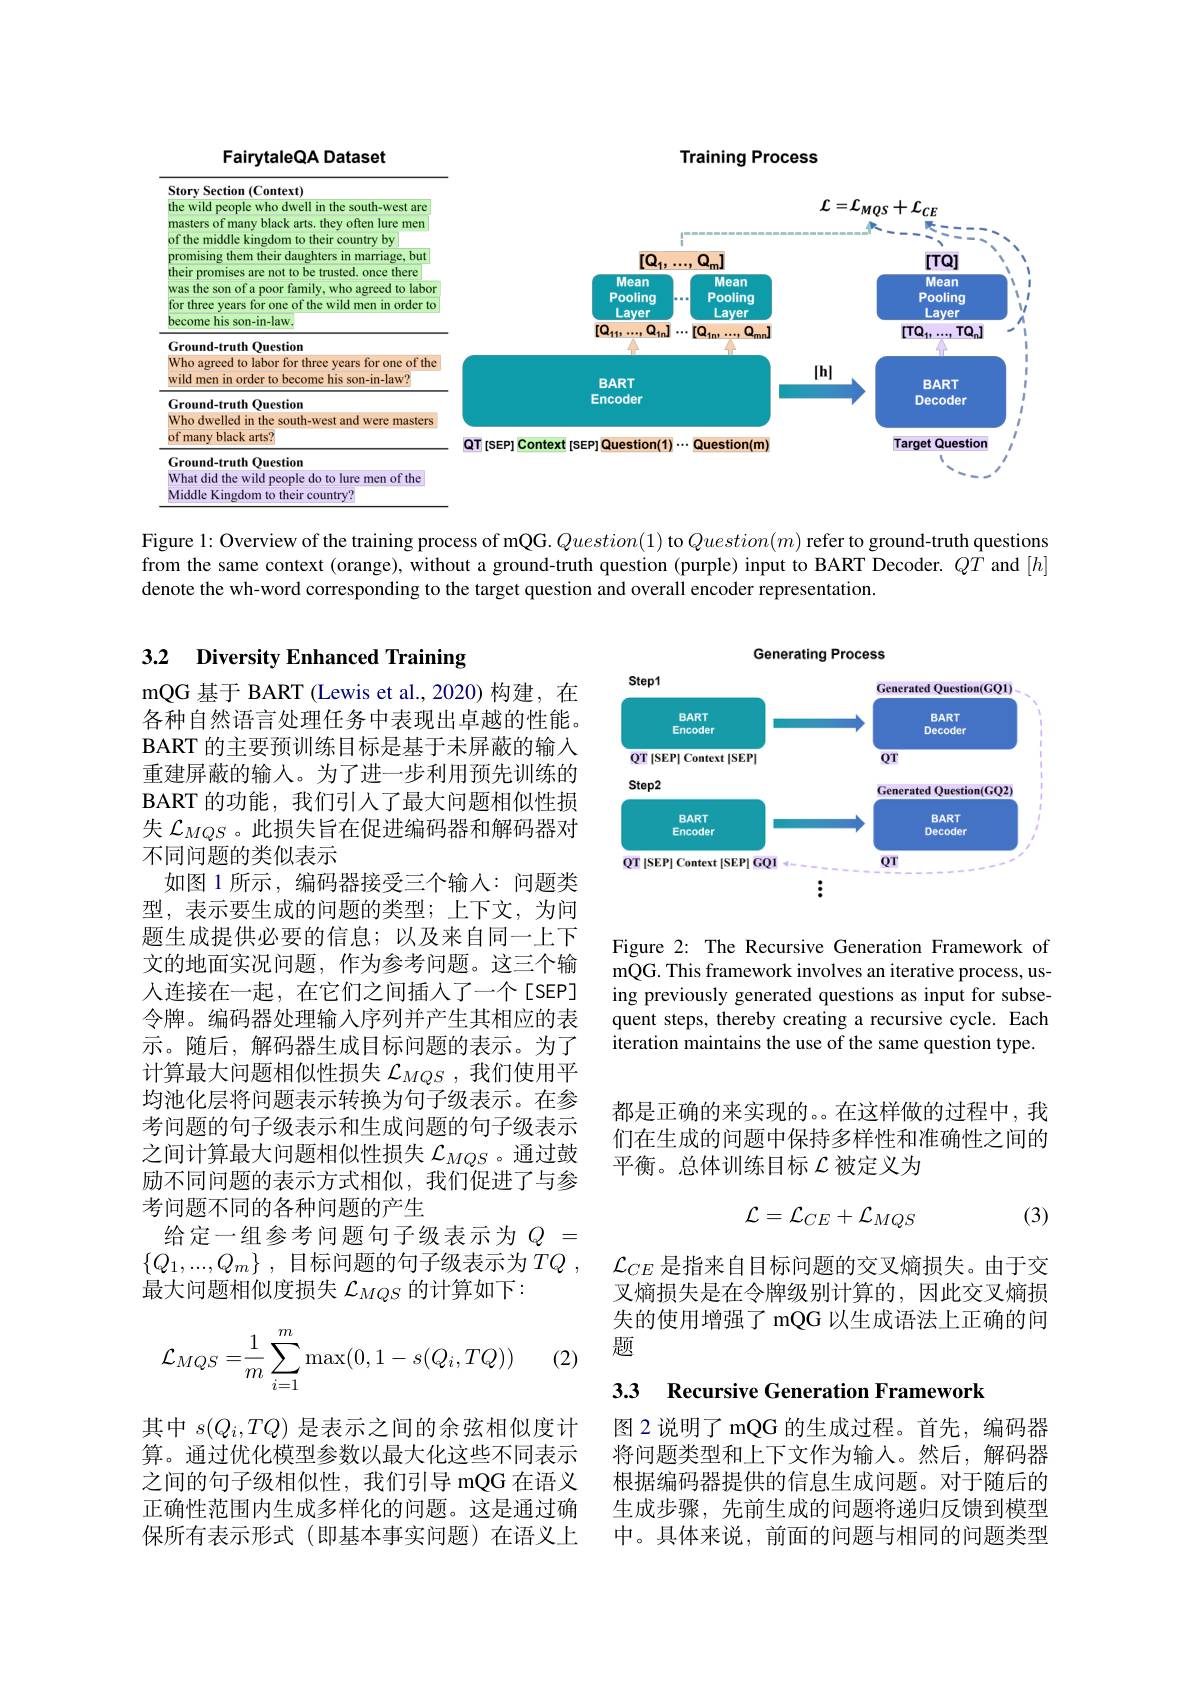
FairytaleQA Dataset

Training Process

<FigureHere>

Figure 1: Overview of the training process of mQG. $Question(1)$ to $Question(m)$ refer to ground-truth questions from the same context (orange), without a ground-truth question (purple) input to BART Decoder. $QT$ and $[h]$ denote the wh-word corresponding to the target question and overall encoder representation.

## 3.2 Diversity Enhanced Training

<FigureHere>

mQG 基于 BART (Lewis et al.,2020) 构建，在各种自然语言处理任务中表现出卓越的性能。BART 的主要预训练目标是基于未屏蔽的输入重建屏蔽的输入。为了进一步利用预先训练的BART 的功能，我们引入了最大问题相似性损失$\mathcal{L}_{MQS}$。此损失旨在促进编码器和解码器对不同问题的类似表示
如图 1 所示 , 编码器接受三个输入：问题类型，表示要生成的问题的类型；上下文，为问题生成提供必要的信息；以及来自同一上下文的地面实况问题，作为参考问题。这三个输人连接在一起，在它们之间插入了一个[SEP] 令牌。编码器处理输入序列并产生其相应的表示。随后，解码器生成目标问题的表示。为了计算最大问题相似性损失$\mathcal{L}_{MQS}$ ,我们使用平均池化层将问题表示转换为句子级表示。在参考问题的句子级表示和生成问题的句子级表示之间计算最大问题相似性损失$\mathcal{L}_{MQS}$。通过鼓励不同问题的表示方式相似，我们促进了与参考问题不同的各种问题的产生
给定一组参考问题句子级表示为$Q=$ $\{ Q_1, . . . , Q_m\}$ ,目标问题的句子级表示为$TQ$ , 最大问题相似度损失$\mathcal{L}_{MQS}$的计算如下：

Figure 2: The Recursive Generation Framework of mQG. This framework involves an iterative process, using previously generated questions as input for subsequent steps, thereby creating a recursive cycle. Each iteration maintains the use of the same question type.

都是正确的来实现的。在这样做的过程中，我们在生成的问题中保持多样性和准确性之间的平衡。总体训练目标$\mathcal{L}$被定义为
$$\mathcal{L}=\mathcal{L}_{CE}+\mathcal{L}_{MQS}$$
(3)

$\mathcal{L}_{CE}$是指来自目标问题的交叉熵损失。由于交叉熵损失是在令牌级别计算的，因此交叉熵损失的使用增强了 mQG 以生成语法上正确的问题
$$\mathcal{L}_{MQS}=\dfrac{1}{m}\sum\limits_{i=1}^{m}\max(0,1-s(Q_i,TQ))$$
(2)

### 3.3 Recursive Generation Framework

图 2 说明了 mQG 的生成过程。首先，编码器将问题类型和上下文作为输入。然后，解码器根据编码器提供的信息生成问题。对于随后的生成步骤，先前生成的问题将递归反馈到模型中。具体来说，前面的问题与相同的问题类型

其中$s(Q_i,TQ)$是表示之间的余弦相似度计算。通过优化模型参数以最大化这些不同表示之间的句子级相似性，我们引导 mQG 在语义正确性范围内生成多样化的问题。这是通过确保所有表示形式(即基本事实问题)在语义上